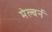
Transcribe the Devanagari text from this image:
मेल्बर्न